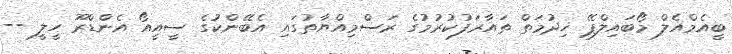
ބީއެމްއެލް މޯބައިލްޕޭ ޚިދުމަތް ތައާރަފުކުރުމުގެ ރަސްމިއްޔާތުގައި އެބޭންކުގެ ސީއީއޯ އެންޑްރޫ ހީލީ --